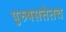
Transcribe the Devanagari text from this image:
पुरुषसत्तेतच